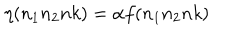
\eta ( n _ { 1 } n _ { 2 } n k ) = \alpha f ( n _ { 1 } n _ { 2 } n k )